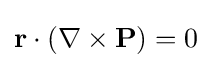
\mathbf {r} \cdot (\nabla \times \mathbf {P} )=0